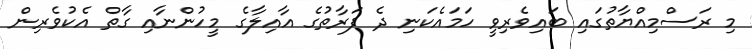
މި ރަސްމިއްޔާތުގައި ބައިވެރިވީ ހަމައެކަނި ދެ ފަރާތުގެ އާއިލާގެ މީހުންނާއި ގާތް އެކުވެރިން